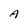
Character: A